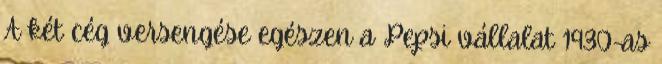
A két cég versengése egészen a Pepsi vállalat 1930-as